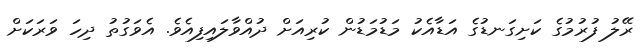
ރޭލު ފުރުމުގެ ކަށިގަނޑުގެ އަޑާއެކު މަޑުމަޑުން ކުރިއަށް ދުއްވާލައިފިއެވެ. އެވަގުތު ދިހަ ވަރަކަށް